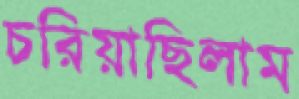
চরিয়াছিলাম